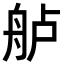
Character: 舻